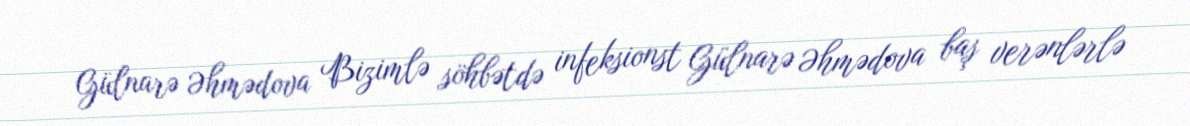
Gülnarə Əhmədova Bizimlə söhbətdə infeksionst Gülnarə Əhmədova baş verənlərlə